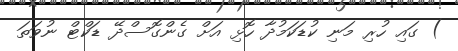
) ގައި ހުރި މަނި ކުޑަކަމުދާ ހޮޅި އަށް ގެންގޮސްދޭ ޑަކްޓް ނުވަތަ